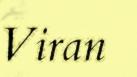
Viran